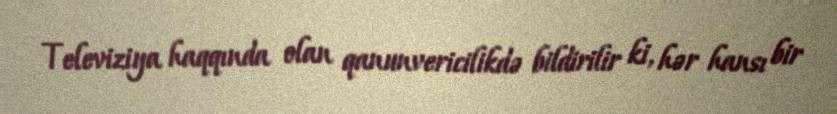
Televiziya haqqında olan qanunvericilikdə bildirilir ki, hər hansı bir